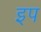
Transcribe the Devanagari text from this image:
इप